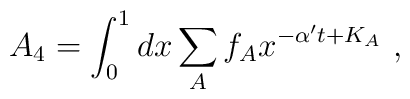
A_{4}=\int^{1}_{0} dx \sum_{A} f_{A}x^{-\alpha^{\prime}t+K_{A}}~,